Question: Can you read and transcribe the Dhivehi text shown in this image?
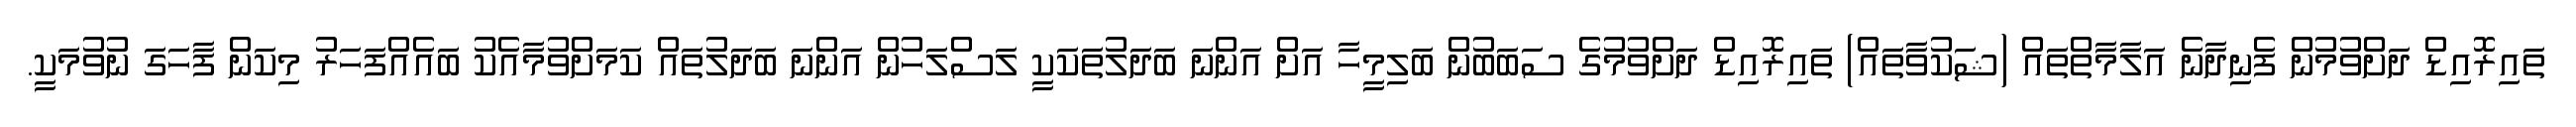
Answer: ތައިރޮއިޑް ދަށްވުމުން ފެނިދާނެ އަލާމާތްތައް (ޝަކުވާތައް) ތައިރޮއިޑް ދަށްވުމުގެ ސަބަބުން ބަލިމީހާ އަށް އަންނަ ބަދަލުތަކަކީ ލަސްލަހުން އަންނަ ބަދަލުތައް ކަމަށްވުމާއެކު ބައެއްފަހަރު މިކަން ފާހަގަ ނުވުމަކީ.